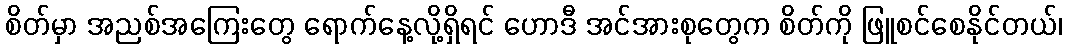
စိတ်မှာ အညစ်အကြေးတွေ ရောက်နေ့လို့ရှိရင် ဟောဒီ အင်အားစုတွေက စိတ်ကို ဖြူစင်စေနိုင်တယ်၊